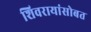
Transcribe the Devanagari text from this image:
शिवरायांसोबत